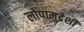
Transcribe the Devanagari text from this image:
लोपामुद्रेशी